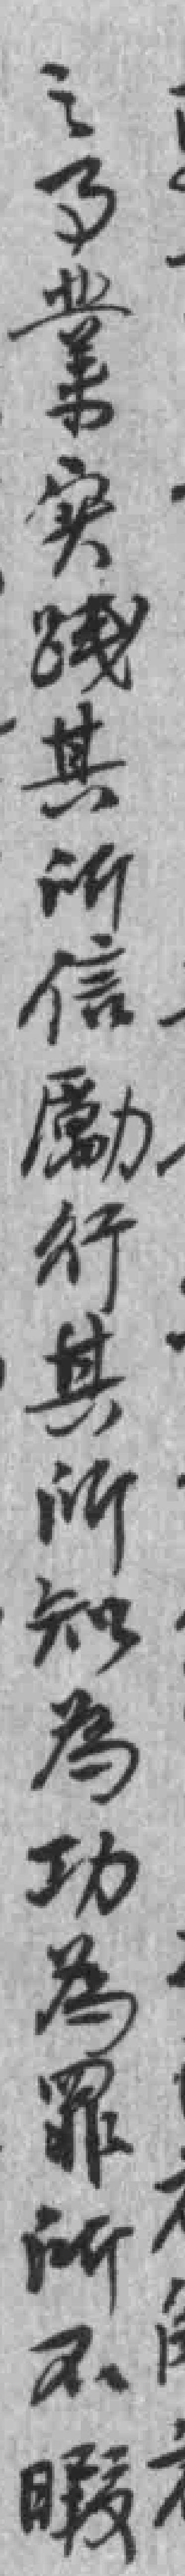
之事業实踐其所信勵行其所知為功為罪所不暇